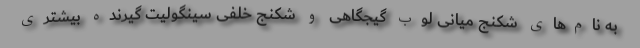
به نام‌های شکنج میانی لوب گیجگاهی و شکنج خلفی سینگولیت گیرنده بیشتری